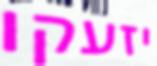
יזעקו